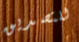
للتصديق